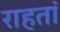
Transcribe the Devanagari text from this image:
राहतां